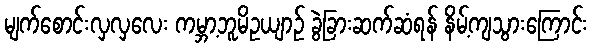
မျက်စောင်းလှလှလေး ကမ္ဘာ့ဘူမိဥယျာဉ် ခွဲခြားဆက်ဆံရန် နိမ့်ကျသွားကြောင်း